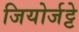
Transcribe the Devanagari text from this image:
जियोर्जट्टे